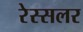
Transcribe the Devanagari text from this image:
रेस्सलर